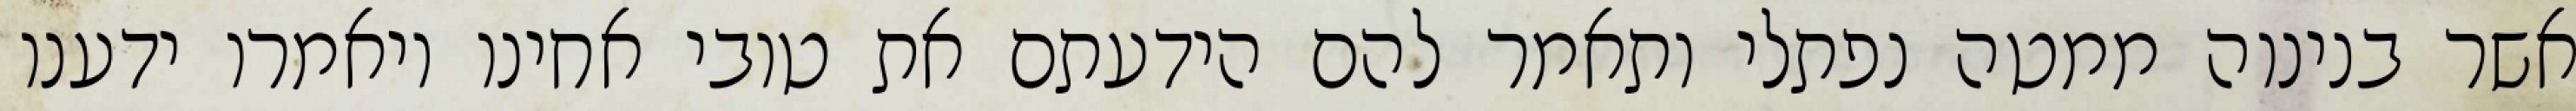
אשר בנינוה ממטה נפתלי ותאמר להם הידעתם את טובי אחינו ויאמרו ידענו